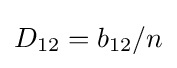
D_{12}=b_{12}/n